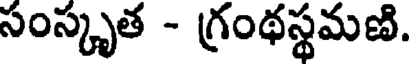
సంస్కృత - గ్రంథస్థమణి.